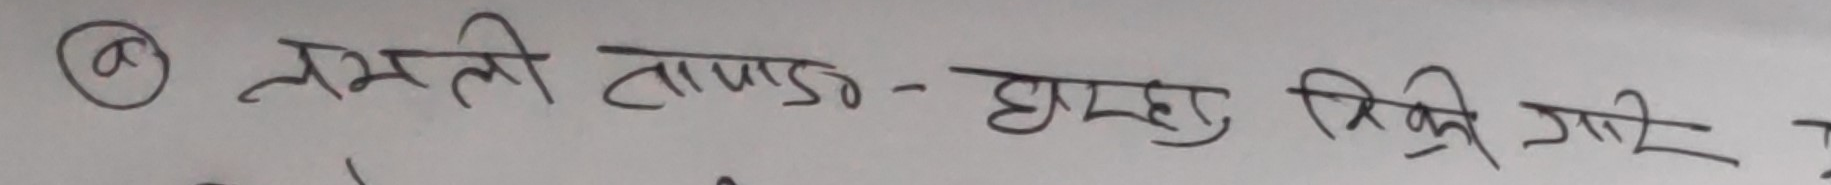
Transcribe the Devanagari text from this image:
लम्ली तापाड - घरघु त्रिक्री गरे